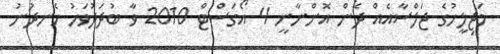
މަޖިލީހުގެ ޖަލްސާއެއް ދެން އޮންނާނީ 4 އޯގަސްޓް 2010 ވާ ބުދަދުވަހު ހެނދުނު